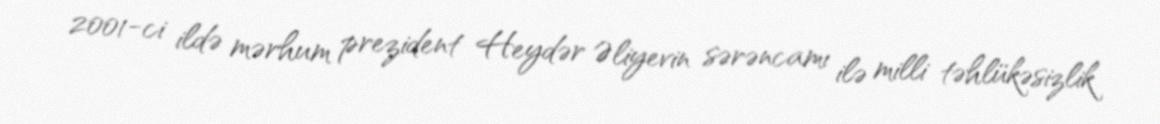
2001-ci ildə mərhum prezident Heydər Əliyevin sərəncamı ilə milli təhlükəsizlik